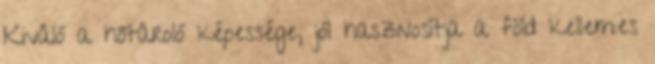
Kiváló a hőtároló képessége, jól hasznosítja a föld kellemes